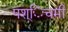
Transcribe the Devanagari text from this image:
पश्िचमी